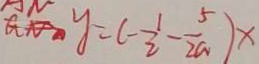
y = ( - \frac { 1 } { 2 } - \frac { 5 } { 2 a } ) x